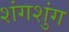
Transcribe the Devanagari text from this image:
शंगशुंग